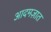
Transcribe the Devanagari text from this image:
आदमज़ात